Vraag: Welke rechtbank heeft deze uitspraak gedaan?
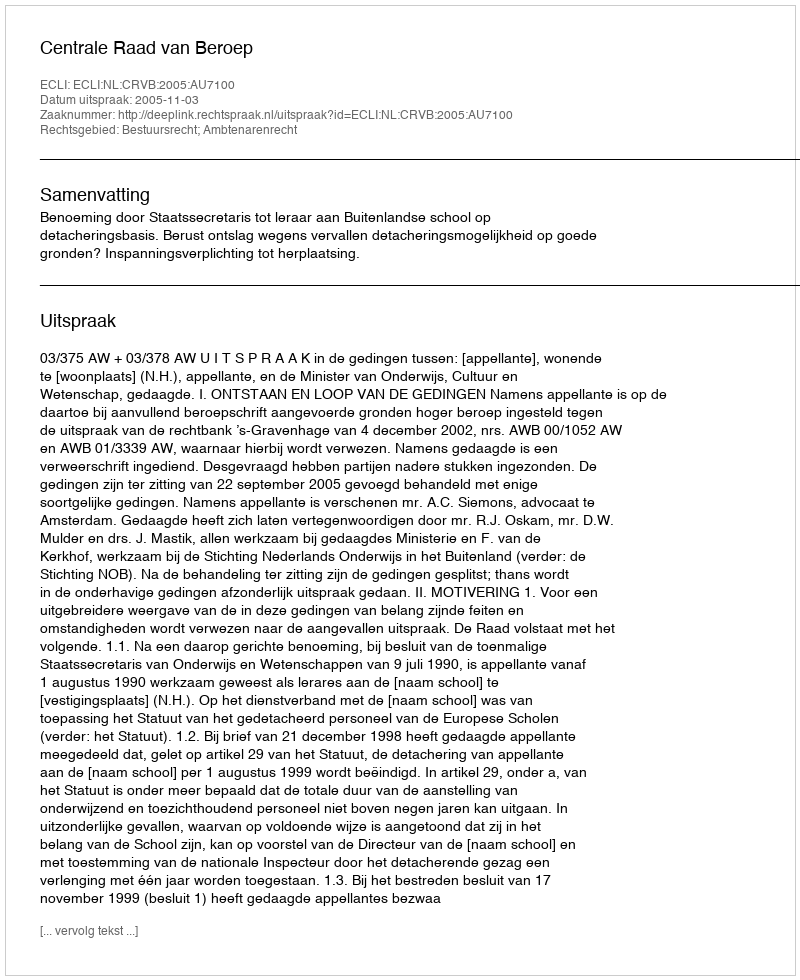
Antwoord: Centrale Raad van Beroep